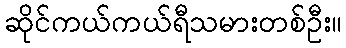
ဆိုင်ကယ်ကယ်ရီသမားတစ်ဦး။